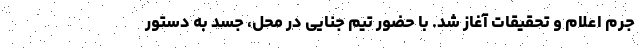
جرم اعلام و تحقیقات آغاز شد. با حضور تیم جنایی در محل، جسد به دستور